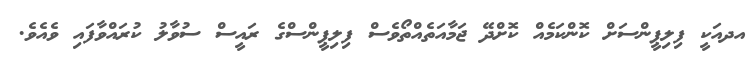
އދއަކީ ފިލިޕީންސަށް ކޮންކަމެއް ކޮށްދޭ ޖަމާއަތެއްތޯވެސް ފިލިޕީންސްގެ ރައީސް ސުވާލު ކުރައްވާފައި ވެއެވެ.